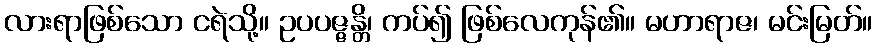
လားရာဖြစ်သော ငရဲသို့။ ဥပပဇ္ဇန္တိ၊ ကပ်၍ ဖြစ်လေကုန်၏။ မဟာရာဇ၊ မင်းမြတ်။